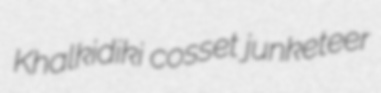
Khalkidiki cosset junketeer